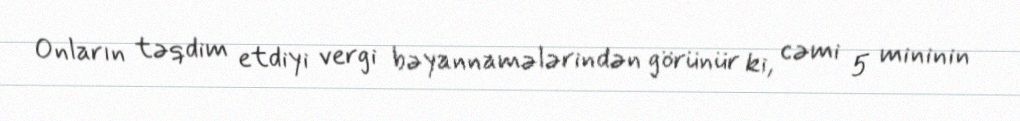
Onların təqdim etdiyi vergi bəyannamələrindən görünür ki, cəmi 5 mininin